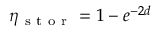
\eta _ { \mathrm { ~ s ~ t ~ o ~ r ~ } } = 1 - e ^ { - 2 d }